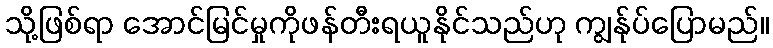
သို့ဖြစ်ရာ အောင်မြင်မှုကိုဖန်တီးရယူနိုင်သည်ဟု ကျွန်ုပ်ပြောမည်။